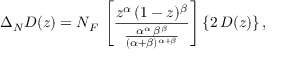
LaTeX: \Delta _ { N } D ( z ) = N _ { F } \, \left[ \frac { z ^ { \alpha } \, ( 1 - z ) ^ { \beta } } { \frac { \alpha ^ { \alpha } \, \beta ^ { \beta } } { ( \alpha + \beta ) ^ { \alpha + \beta } } } \right] \{ 2 \, D ( z ) \} \, ,